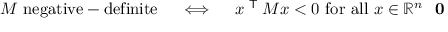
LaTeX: M { \mathrm { ~ n e g a t i v e - d e f i n i t e } } \quad \iff \quad x ^ { \textsf { T } } M x < 0 { \mathrm { ~ f o r ~ a l l ~ } } x \in \mathbb { R } ^ { n } \setminus \mathbf { 0 }